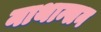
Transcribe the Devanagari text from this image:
नाथान्सन